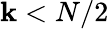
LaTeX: \mathbf{k}<N/2